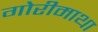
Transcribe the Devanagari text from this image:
गोरीमाथा